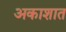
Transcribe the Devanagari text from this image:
अकाशात